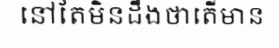
នៅតែមិនដឹងថាតើមាន